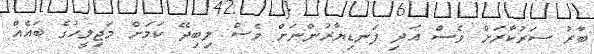
ބާރު ސަރުކާރަށް ވެސް އަދި ފަނޑިިޔާރުންނަށް ވެސް ލިބިދޭ ކަމަށް މަޖިލީހުގެ ބައެއް